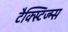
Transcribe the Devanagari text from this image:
टैक्स्टिज्म्स